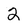
Character: 2